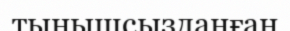
тынышсызданған